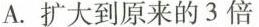
A. 扩大到原来的3倍